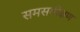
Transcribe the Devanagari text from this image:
समसमीक्षण